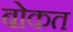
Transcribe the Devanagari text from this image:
बोकत